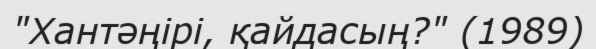
"Хантәңірі, қайдасың?" (1989)